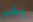
بخير